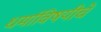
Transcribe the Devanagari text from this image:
धर्माविषयीचे